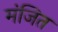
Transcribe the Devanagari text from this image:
मंजित